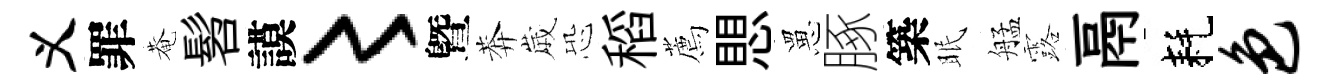
义罪菴髫謨〻曁莾𡻕恐稻薦愳罳䐁築眠艋露鬲耗色